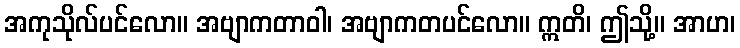
အကုသိုလ်ပင်လော။ အဗျာကတာဝါ၊ အဗျာကတပင်လော။ ဣတိ၊ ဤသို့။ အာဟ၊